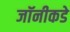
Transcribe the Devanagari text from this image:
जॉनीकडे